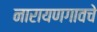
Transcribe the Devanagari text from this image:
नारायणगावचे